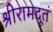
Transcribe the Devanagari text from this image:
श्रीरामदूतं